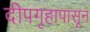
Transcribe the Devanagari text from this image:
दीपगृहापासून